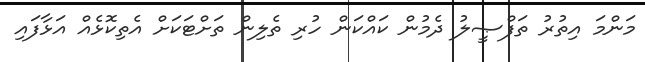
މަންމަ އިތުރު ތަފްޞީލު ދެމުން ކައްކަން ހުރި ތެލިން ތަށްޓަކަށް އެތިކޮޅެއް އަޅާފައި